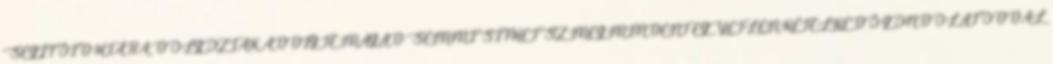
SEGÍTŐID.HIÁBA DOLGOZTAK ADDIG.TE MAGAD.SEMMISÍTHETSZ MEG MINDENT EGYETLEN KÉTELKEDŐ GONDOLATODDAL